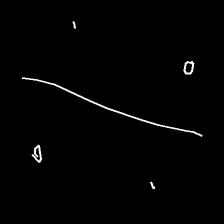
Glyph: cool